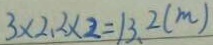
3 \times 2 . 2 \times 2 = 1 3 . 2 ( m )